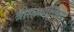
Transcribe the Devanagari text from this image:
श्रीसमर्थशिष्य